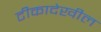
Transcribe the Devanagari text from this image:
टीकादेखील